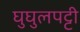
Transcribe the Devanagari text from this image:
घुघुलपट्टी